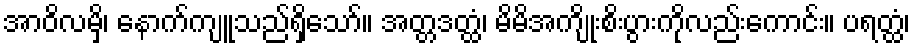
အာဝိလမှိ၊ နောက်ကျူသည်ရှိသော်။ အတ္တဒတ္ထံ၊ မိမိအကျိုးစိးပွားကိုလည်းကောင်း။ ပရတ္ထံ၊